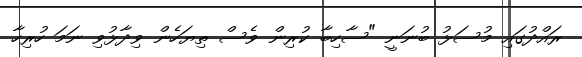
ރައްދުގައި މުސަޅު ބުނަނީ "ސާހިބާ ކުރިން ވެސް ތިޔަހެން ވިދާޅުވި ނަމަ ހުރިހާ